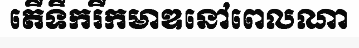
តើទឹករីកមាឌនៅពេលណា